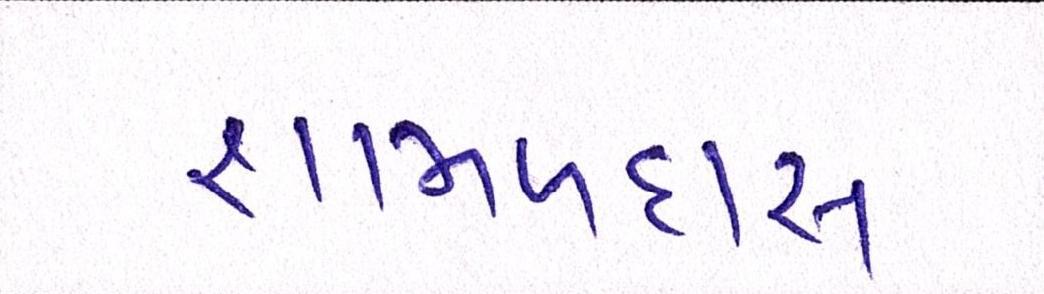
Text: શામળદાસ